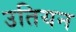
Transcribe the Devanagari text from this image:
उतियन